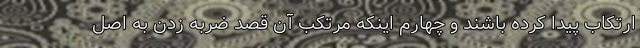
ارتکاب پیدا کرده باشند و چهارم اینکه مرتکب آن قصد ضربه زدن به اصل